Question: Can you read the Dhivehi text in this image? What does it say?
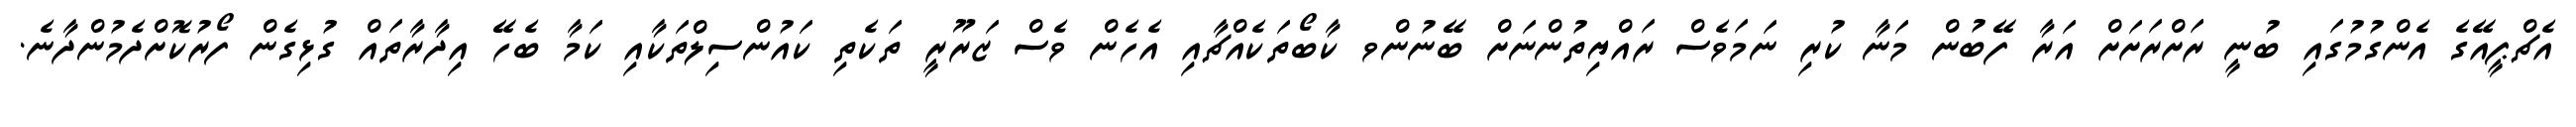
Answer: އެޗްޕީއޭގެ އެންގުމުގައި ބުނީ ރަށްރަށަށް އަރާ ފޭބުން މަނާ ކުރި ނަމަވެސް ރައްޔިތުންނަށް ބޭނުންވ ކާބޯތަކެއްޗާއި އެހެން ވެސް ޒަރޫރީ ތަކެތި ކައުންސިލްތަކާއި ކަމާ ބެހޭ އިދާރާތައް ގުޅިގެން ފޯރުކޮށްދެމުންދާނެ.